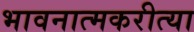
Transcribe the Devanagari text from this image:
भावनात्मकरीत्या